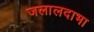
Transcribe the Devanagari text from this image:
जलालदाभा